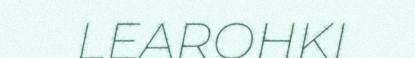
LEAROHKI